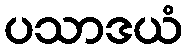
ပသာဒယံ